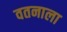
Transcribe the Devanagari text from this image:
वतनाला